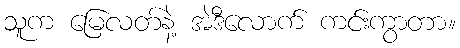
သူက မြေလတ်နဲ့ အဲဒီလောက် ကင်းကွာတာ။